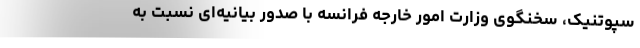
سپوتنیک، سخنگوی وزارت امور خارجه فرانسه با صدور بیانیه‌ای نسبت به